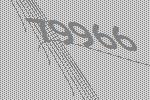
79966